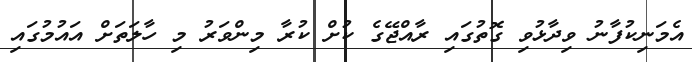
އެމަނިކުފާނު ވިދާޅުވި ގޮތުގައި ރާއްޖޭގެ ކުށް ކުރާ މިންވަރު މި ހާލަތަށް އައުމުގައި